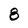
Character: 8